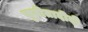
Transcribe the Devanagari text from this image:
सुनीतादीदी